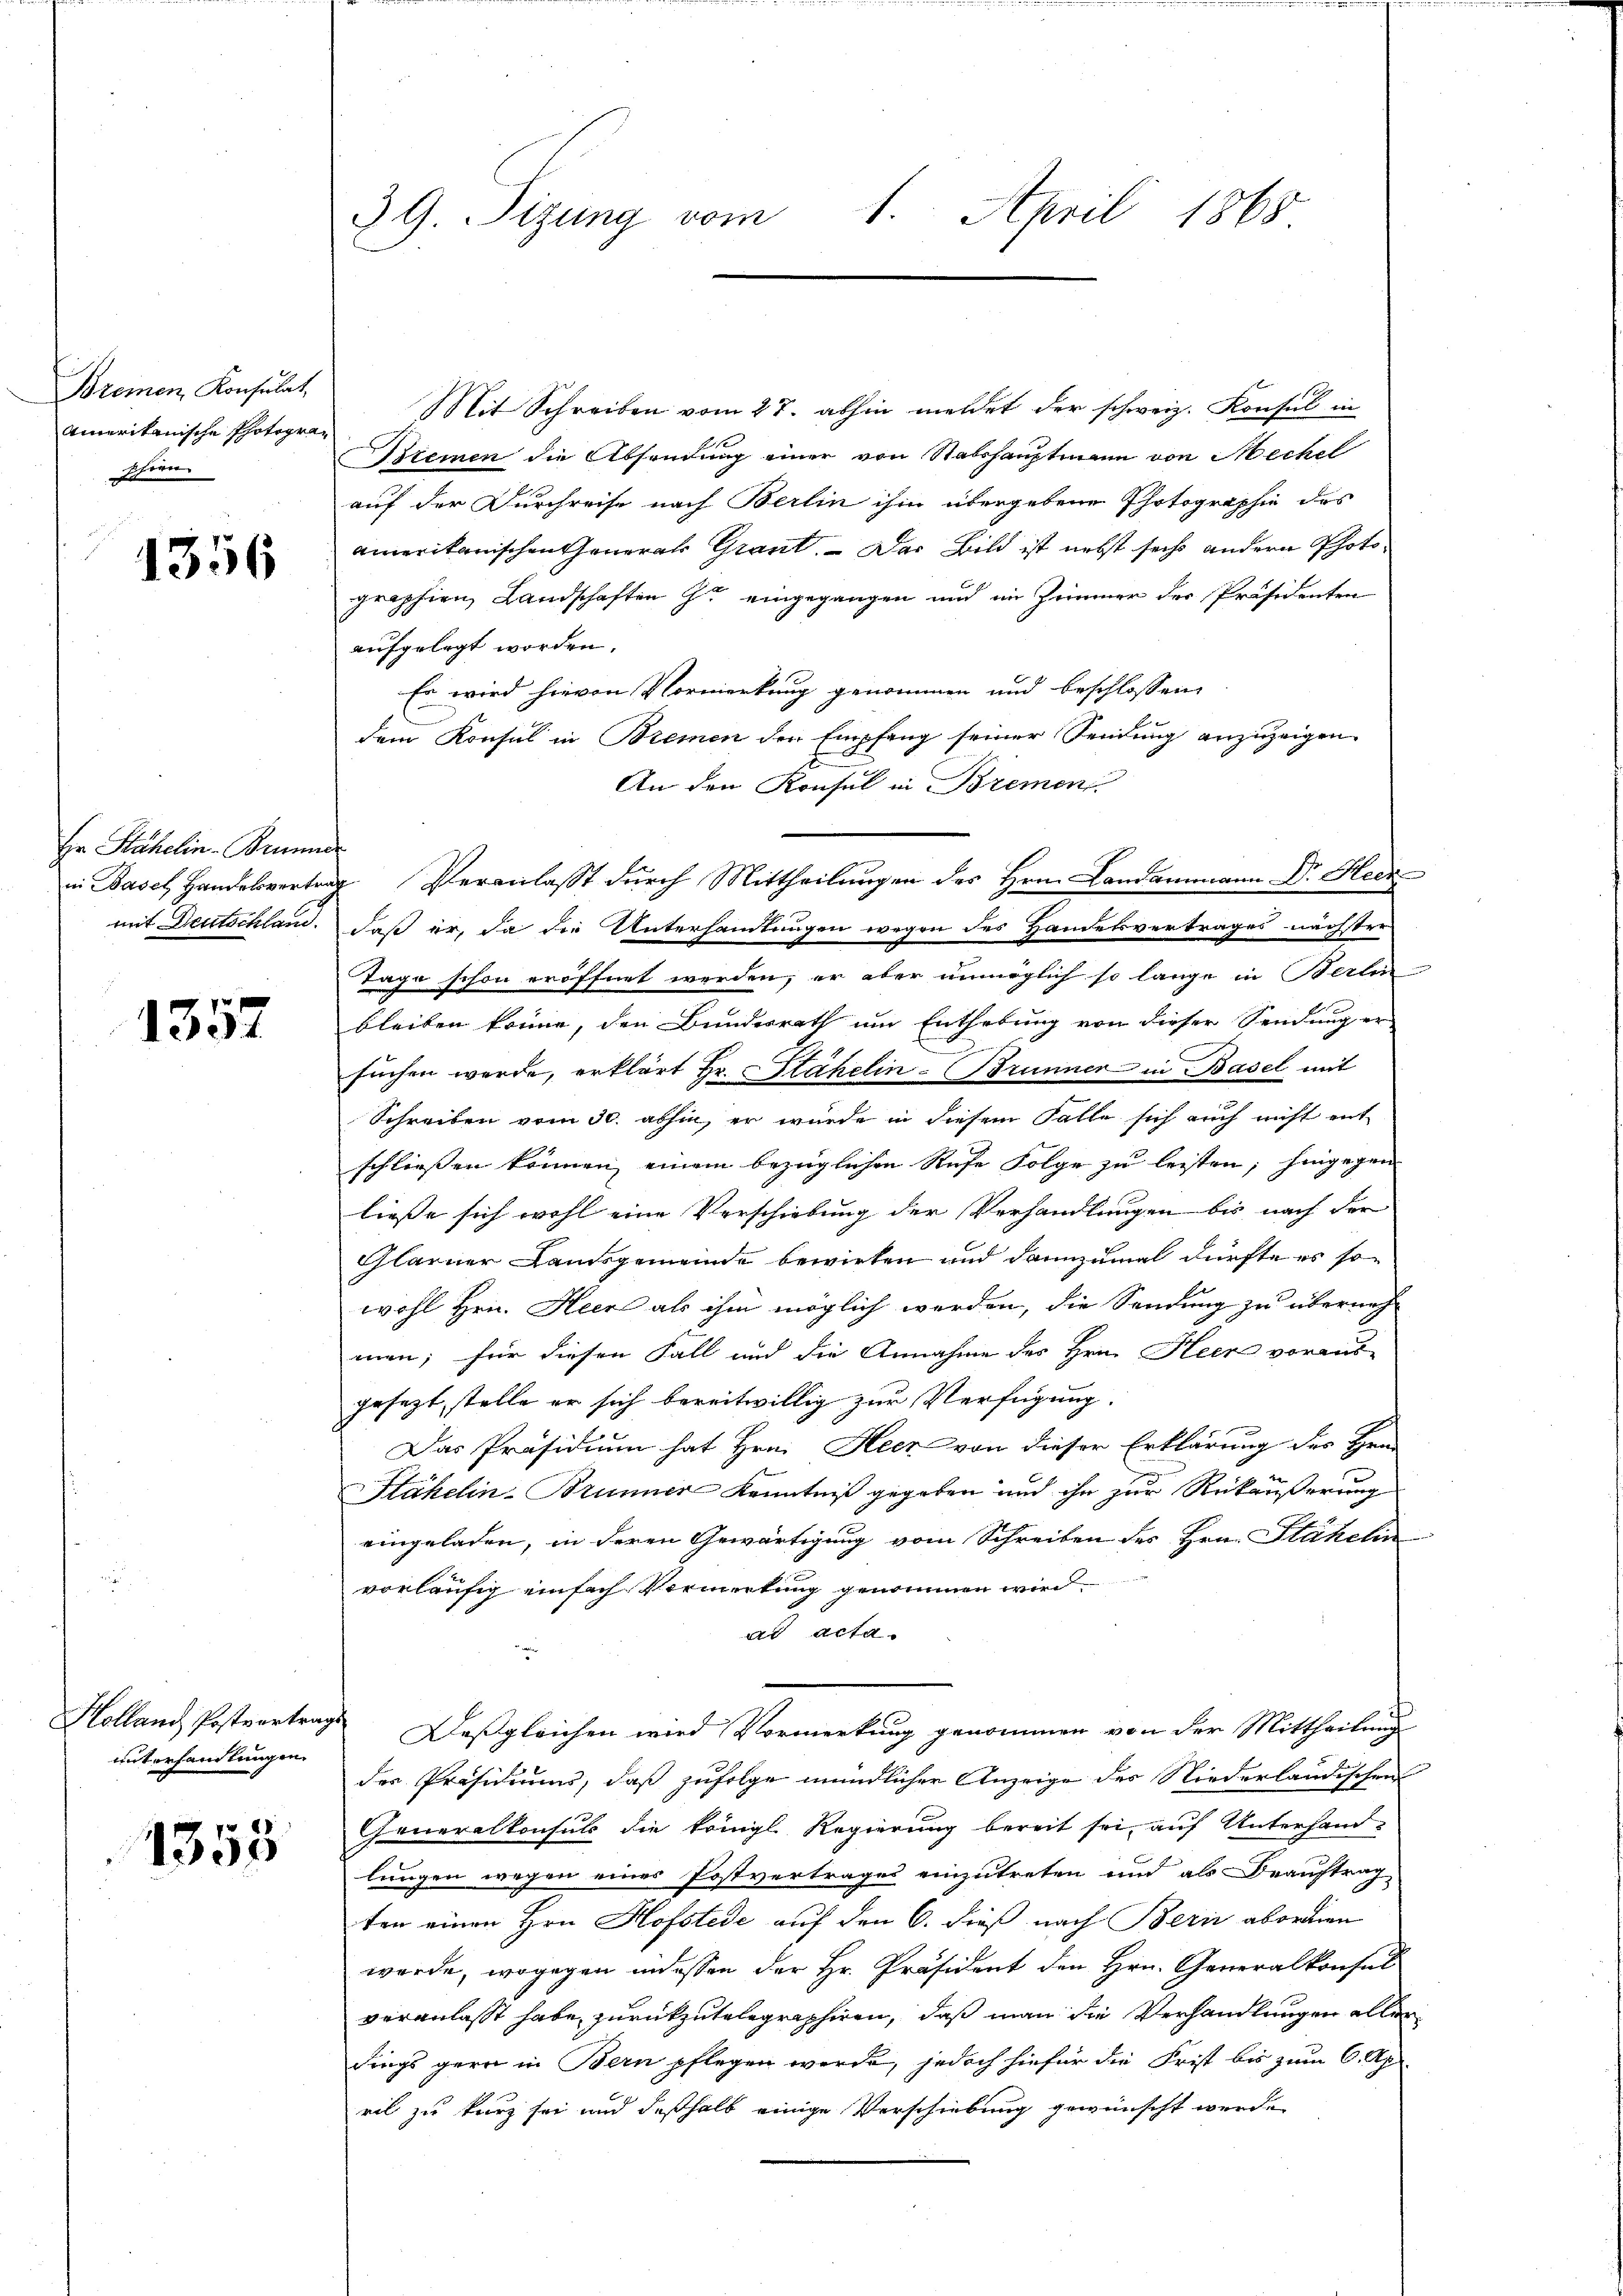
Breinen Konsulat,
Amerikanische Photogra
schien.

1356

Er Stähelin- Brunne
in Basel, Handelsvertra
mit Deutschland.

1357

Holland Postvertrag
unterhandlungen.

1353

29. Sizung vom 1. April 1868

Mit Schreiben vom 27. abhin meldet der schweiz. Konsul in
Bremen die Absendung einer von Stabshauptmann von Mechel
auf der Durchreise nach Berlin ihm übergebene Photographie des
ameritanischen General Grant. – Das Bild ist nebst sechs andern Photographien Landschaften zu eingegangen und im Zimmer der Präsidenten
aufgelegt worden.
Er wird hievon Vormerkung genommen und beschlossen,
dem Konsul in Bremen den Empfang seiner Sendung anzuzeigen.
An den Konsul in Bremen
Veranlasst durch Mittheilungen des Hrn. Landammann Dr. Heck
daß er, da die Unterhandlungen wegen des Handelsvertrages nächster
Tage schon eröffnet werden, er aber unmöglich so lange in Berlin
bleiben könne, den Bundesrath um Enthebung von dieser Sendung er-
suchen werde, erklärt Hr. Stähelin - Brunner in Basel mit
Schreiben vom 30. abhin, er wurde in diesem Falle sich auch nicht ent-
schliessen können einem bezüglichen Rufe Folge zu leisten; hingegen
liesse sich wohl eine Verschiebung der Verhandlungen bis nach der
Glarner Landsgemeinde bewirken und dannzumal dürfte es so
wohl Hrn. Heer als ihm möglich werden, die Sendung zu überneh-
men; für diesen Fall und die Annahme des Hrn. Heer voraus-
gesezt, stelle er sich bereitwillig zur Verfügung.
Das Präsidium hat Hrn. Heer von dieser Erklärung des Hrn.
Häkelin-Brunner Kenntniß gegeben und ihn zur Rückäußerung
eingeladen, in deren Gewärtigung vom Schreiben des Hrn. Stähelin
vorläufig einfach Vormietung genommen wird
ad acta.
wer
Deßgleichen wird Vormerkung genommen von der Mittheilung
des Präsidiums, daß zufolge mündlicher Anzeige des Niederländischen
Generalkonsuls die tringl. Regierung bereit sei, auf Unterhand-
lungen wegen eines Postvertrages einzutreten und als Beauftrag
ten einen Hrn. Hofstede auf den 6. dieß nach Bern abordnen
werde, wogegen indessen der Hr. Präsident den Hrn. Generalkonsul
veranlasst habe, zurückzutelegraphiren, daß man die Verhandlungen alles
dings gern in Bern pflegen werde, jedoch hiefür die Frist bis zum 6. Ap
ril zu kurz sei und deßhalb einige Verschiebung gewünscht werde.